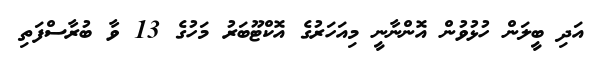
އަދި ބީލަން ހުޅުވުން އޮންނާނީ މިއަހަރުގެ އޮކްޓޫބަރު މަހުގެ 13 ވާ ބުރާސްފަތި